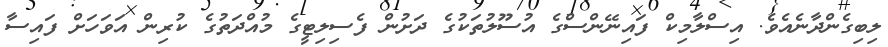
ލިބިގެންދާނެއެވެ. އިސްލާމިކް ފައިނޭންސްގެ އުސޫލުތަކުގެ ދަށުން ފެސިލިޓީގެ މުއްދަތުގެ ކުރިން އަވަހަށް ފައިސާ